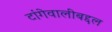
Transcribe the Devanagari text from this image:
टांगेवालीबद्दल